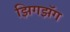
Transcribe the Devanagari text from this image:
झिगझॅग